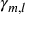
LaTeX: \gamma _ { m , l }